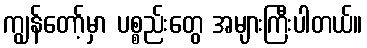
ကျွန်တော့်မှာ ပစ္စည်းတွေ အများကြီးပါတယ်။